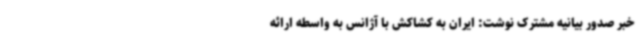
خبر صدور بیانیه مشترک نوشت: ایران به کشاکش با آژانس به واسطه ارائه